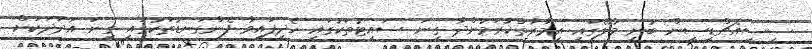
ސީސީއެޗްޑީސީން ބުނީީ މާލޭގައި އިމާރާތްކުރަމުންދާ ގިނަ ސައިޓުތަކުގައި ހެދިފައިވާ ފެންގަނޑުތަކުގައި ގިނަ އަދަދަކަށް